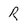
Character: R